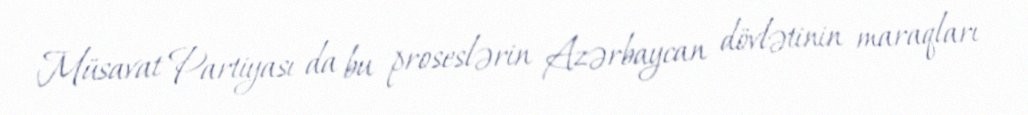
Müsavat Partiyası da bu proseslərin Azərbaycan dövlətinin maraqları